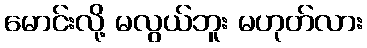
မောင်းလို့ မလွယ်ဘူး မဟုတ်လား